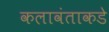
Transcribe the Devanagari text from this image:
कलावंताकडे